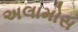
અલામોસ